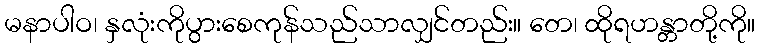
မနာပါဝ၊ နှလုံးကိုပွားစေကုန်သည်သာလျှင်တည်း။ တေ၊ ထိုရဟန္တာတို့ကို။